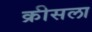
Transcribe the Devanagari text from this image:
क्रीसला